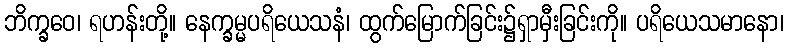
ဘိက္ခဝေ၊ ရဟန်းတို့။ နေက္ခမ္မပရိယေသနံ၊ ထွက်မြောက်ခြင်း၌ရှာမှီးခြင်းကို။ ပရိယေသမာနော၊